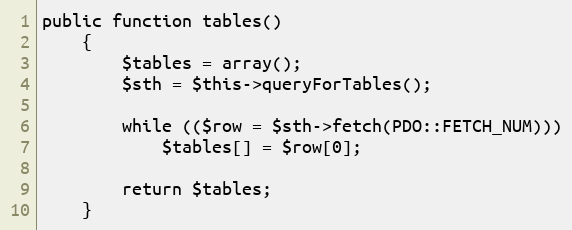
Language: PHP
public function tables()
	{
		$tables = array();
		$sth = $this->queryForTables();

		while (($row = $sth->fetch(PDO::FETCH_NUM)))
			$tables[] = $row[0];

		return $tables;
	}